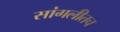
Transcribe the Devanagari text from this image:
सांगलीतच